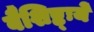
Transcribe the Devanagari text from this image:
वैशिष्ट्ःये